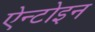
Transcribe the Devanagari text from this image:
ऐन्टोइन